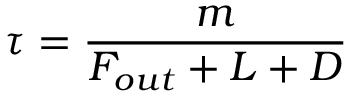
\tau = { \frac { m } { F _ { o u t } + L + D } }